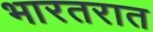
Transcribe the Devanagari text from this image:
भारतरात